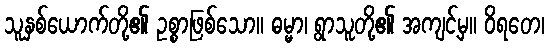
သူနှစ်ယောက်တို့၏ ဥစ္စာဖြစ်သော။ ဓမ္မာ၊ ရွာသူတို့၏ အကျင့်မှ။ ဝိရတေ၊